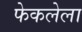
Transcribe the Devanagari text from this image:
फेकलेला